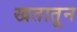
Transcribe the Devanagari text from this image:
खतातून